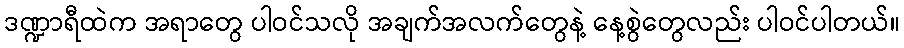
ဒဏ္ဍာရီထဲက အရာတွေ ပါဝင်သလို အချက်အလက်တွေနဲ့ နေ့စွဲတွေလည်း ပါဝင်ပါတယ်။